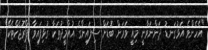
"އެހެންވެ އަޅުގަނޑު ދަންނަވާނީ މިއީ ވަރަށް ބޮޑަށް ސިފައިންގެ އުއްމީދުތަކާ ގުޅިފައިވާ ޕްރޮޖެކްޓެކޭ"